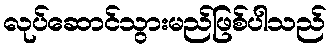
လုပ်ဆောင်သွားမည်ဖြစ်ပါသည်